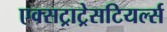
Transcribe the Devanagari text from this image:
एक्सट्राट्रेसटियर्ल्स